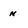
Character: N